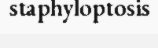
staphyloptosis